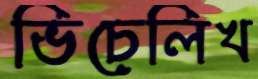
ভিচেলিখ